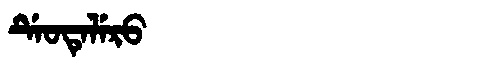
Manchu: ᡩᡝᠣᡨᡝᠯᡝᡵᠣ
Romanization: DEOTELERO